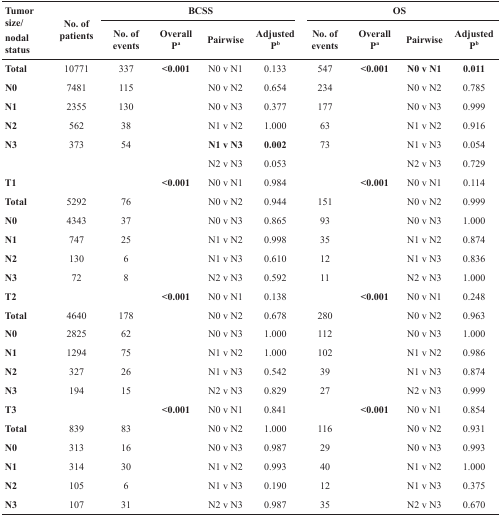
<table><thead><tr><td rowspan="2"><b>Tumor size/nodal status</b></td><td rowspan="2"><b>No. of patients</b></td><td colspan="4"><b>BCSS</b></td><td colspan="4"><b>OS</b></td></tr><tr><td><b>No. of events</b></td><td><b>Overall P<sup>a</sup></b></td><td><b>Pairwise</b></td><td><b>Adjusted P<sup>b</sup></b></td><td><b>No. of events</b></td><td><b>Overall P<sup>a</sup></b></td><td><b>Pairwise</b></td><td><b>Adjusted P<sup>b</sup></b></td></tr></thead><tbody><tr><td><b>Total</b></td><td>10771</td><td>337</td><td><b>&lt;0.001</b></td><td>N0 v N1</td><td>0.133</td><td>547</td><td><b>&lt;0.001</b></td><td><b>N0 v N1</b></td><td><b>0.011</b></td></tr><tr><td><b>N0</b></td><td>7481</td><td>115</td><td>[EMPTY_CELL]</td><td>N0 v N2</td><td>0.654</td><td>234</td><td>[EMPTY_CELL]</td><td>N0 v N2</td><td>0.785</td></tr><tr><td><b>N1</b></td><td>2355</td><td>130</td><td>[EMPTY_CELL]</td><td>N0 v N3</td><td>0.377</td><td>177</td><td>[EMPTY_CELL]</td><td>N0 v N3</td><td>0.999</td></tr><tr><td><b>N2</b></td><td>562</td><td>38</td><td>[EMPTY_CELL]</td><td>N1 v N2</td><td>1.000</td><td>63</td><td>[EMPTY_CELL]</td><td>N1 v N2</td><td>0.916</td></tr><tr><td><b>N3</b></td><td>373</td><td>54</td><td>[EMPTY_CELL]</td><td><b>N1 v N3</b></td><td><b>0.002</b></td><td>73</td><td>[EMPTY_CELL]</td><td>N1 v N3</td><td>0.054</td></tr><tr><td>[EMPTY_CELL]</td><td>[EMPTY_CELL]</td><td>[EMPTY_CELL]</td><td>[EMPTY_CELL]</td><td>N2 v N3</td><td>0.053</td><td>[EMPTY_CELL]</td><td>[EMPTY_CELL]</td><td>N2 v N3</td><td>0.729</td></tr><tr><td><b>T1</b></td><td>[EMPTY_CELL]</td><td>[EMPTY_CELL]</td><td><b>&lt;0.001</b></td><td>N0 v N1</td><td>0.984</td><td>[EMPTY_CELL]</td><td><b>&lt;0.001</b></td><td>N0 v N1</td><td>0.114</td></tr><tr><td><b>Total</b></td><td>5292</td><td>76</td><td>[EMPTY_CELL]</td><td>N0 v N2</td><td>0.944</td><td>151</td><td>[EMPTY_CELL]</td><td>N0 v N2</td><td>0.999</td></tr><tr><td><b>N0</b></td><td>4343</td><td>37</td><td>[EMPTY_CELL]</td><td>N0 v N3</td><td>0.865</td><td>93</td><td>[EMPTY_CELL]</td><td>N0 v N3</td><td>1.000</td></tr><tr><td><b>N1</b></td><td>747</td><td>25</td><td>[EMPTY_CELL]</td><td>N1 v N2</td><td>0.998</td><td>35</td><td>[EMPTY_CELL]</td><td>N1 v N2</td><td>0.874</td></tr><tr><td><b>N2</b></td><td>130</td><td>6</td><td>[EMPTY_CELL]</td><td>N1 v N3</td><td>0.610</td><td>12</td><td>[EMPTY_CELL]</td><td>N1 v N3</td><td>0.836</td></tr><tr><td><b>N3</b></td><td>72</td><td>8</td><td>[EMPTY_CELL]</td><td>N2 v N3</td><td>0.592</td><td>11</td><td>[EMPTY_CELL]</td><td>N2 v N3</td><td>1.000</td></tr><tr><td><b>T2</b></td><td>[EMPTY_CELL]</td><td>[EMPTY_CELL]</td><td><b>&lt;0.001</b></td><td>N0 v N1</td><td>0.138</td><td>[EMPTY_CELL]</td><td><b>&lt;0.001</b></td><td>N0 v N1</td><td>0.248</td></tr><tr><td><b>Total</b></td><td>4640</td><td>178</td><td>[EMPTY_CELL]</td><td>N0 v N2</td><td>0.678</td><td>280</td><td>[EMPTY_CELL]</td><td>N0 v N2</td><td>0.963</td></tr><tr><td><b>N0</b></td><td>2825</td><td>62</td><td>[EMPTY_CELL]</td><td>N0 v N3</td><td>1.000</td><td>112</td><td>[EMPTY_CELL]</td><td>N0 v N3</td><td>1.000</td></tr><tr><td><b>N1</b></td><td>1294</td><td>75</td><td>[EMPTY_CELL]</td><td>N1 v N2</td><td>1.000</td><td>102</td><td>[EMPTY_CELL]</td><td>N1 v N2</td><td>0.986</td></tr><tr><td><b>N2</b></td><td>327</td><td>26</td><td>[EMPTY_CELL]</td><td>N1 v N3</td><td>0.542</td><td>39</td><td>[EMPTY_CELL]</td><td>N1 v N3</td><td>0.874</td></tr><tr><td><b>N3</b></td><td>194</td><td>15</td><td>[EMPTY_CELL]</td><td>N2 v N3</td><td>0.829</td><td>27</td><td>[EMPTY_CELL]</td><td>N2 v N3</td><td>0.999</td></tr><tr><td><b>T3</b></td><td>[EMPTY_CELL]</td><td>[EMPTY_CELL]</td><td><b>&lt;0.001</b></td><td>N0 v N1</td><td>0.841</td><td>[EMPTY_CELL]</td><td><b>&lt;0.001</b></td><td>N0 v N1</td><td>0.854</td></tr><tr><td><b>Total</b></td><td>839</td><td>83</td><td>[EMPTY_CELL]</td><td>N0 v N2</td><td>1.000</td><td>116</td><td>[EMPTY_CELL]</td><td>N0 v N2</td><td>0.931</td></tr><tr><td><b>N0</b></td><td>313</td><td>16</td><td>[EMPTY_CELL]</td><td>N0 v N3</td><td>0.987</td><td>29</td><td>[EMPTY_CELL]</td><td>N0 v N3</td><td>0.993</td></tr><tr><td><b>N1</b></td><td>314</td><td>30</td><td>[EMPTY_CELL]</td><td>N1 v N2</td><td>0.993</td><td>40</td><td>[EMPTY_CELL]</td><td>N1 v N2</td><td>1.000</td></tr><tr><td><b>N2</b></td><td>105</td><td>6</td><td>[EMPTY_CELL]</td><td>N1 v N3</td><td>0.190</td><td>12</td><td>[EMPTY_CELL]</td><td>N1 v N3</td><td>0.375</td></tr><tr><td><b>N3</b></td><td>107</td><td>31</td><td>[EMPTY_CELL]</td><td>N2 v N3</td><td>0.987</td><td>35</td><td>[EMPTY_CELL]</td><td>N2 v N3</td><td>0.670</td></tr></tbody></table>